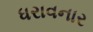
ધરાવનાર